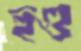
হুগু